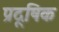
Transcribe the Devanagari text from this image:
प्रदूषिक